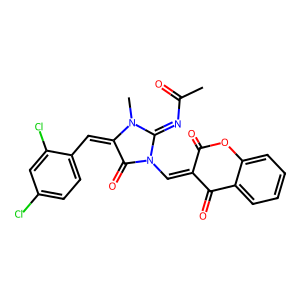
SMILES: CC(=O)N=C1N(C)C(=Cc2ccc(Cl)cc2Cl)C(=O)N1C=C1C(=O)Oc2ccccc2C1=O
Inhibits HIV replication: No